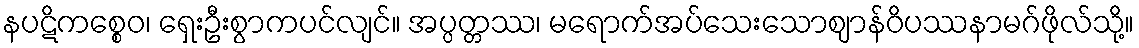
နပဋိကစ္စေဝ၊ ရှေးဦးစွာကပင်လျင်။ အပ္ပတ္တဿ၊ မရောက်အပ်သေးသောဈာန်ဝိပဿနာမဂ်ဖိုလ်သို့။